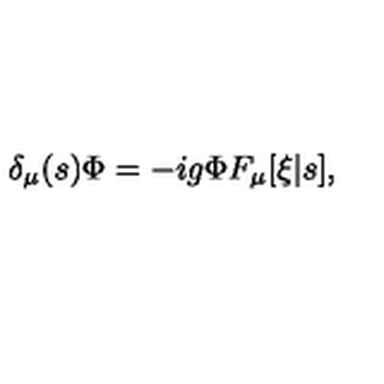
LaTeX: \delta _ { \mu } ( s ) \Phi = - i g \Phi F _ { \mu } [ \xi | s ] ,